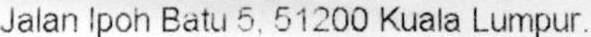
JALAN IPOH BATU 5, 51200 KUALA LUMPUR.